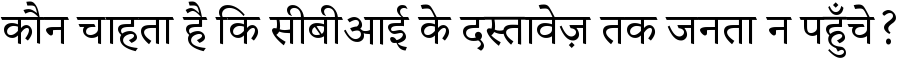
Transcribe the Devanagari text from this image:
कौन चाहता है कि सीबीआई के दस्तावेज़ तक जनता न पहुँचे?